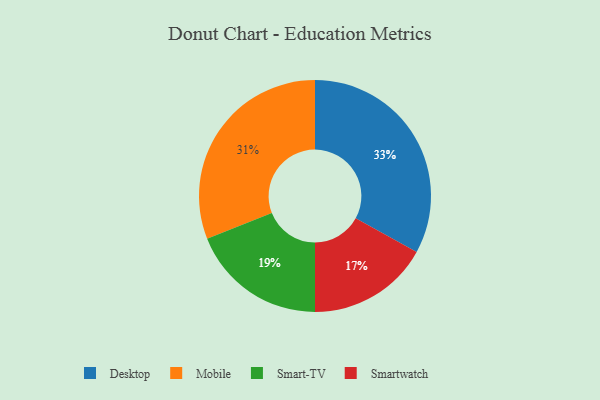
{"axis": {"x": "Category", "y": "Percentage"}, "legend": ["Desktop", "Mobile", "Smart-TV", "Smartwatch"], "data": [{"x": "Desktop", "y": 33, "type": "Desktop"}, {"x": "Mobile", "y": 31, "type": "Mobile"}, {"x": "Smart-TV", "y": 19, "type": "Smart-TV"}, {"x": "Smartwatch", "y": 17, "type": "Smartwatch"}]}